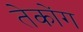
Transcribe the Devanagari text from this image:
तेकोंग